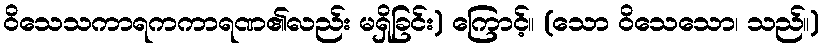
ဝိသေသကာရကကာရဏ၏လည်း မရှိခြင်း) ကြောင့်။ (သော ဝိသေသော၊ သည်။)